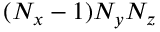
( N _ { x } - 1 ) N _ { y } N _ { z }